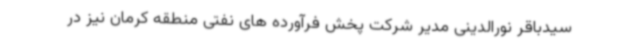
سیدباقر نورالدینی مدیر شرکت پخش فرآورده های نفتی منطقه کرمان نیز در